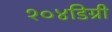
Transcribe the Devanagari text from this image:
१०४डिग्री